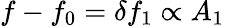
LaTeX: f-f_{0}=\delta f_{1}\propto A_{1}